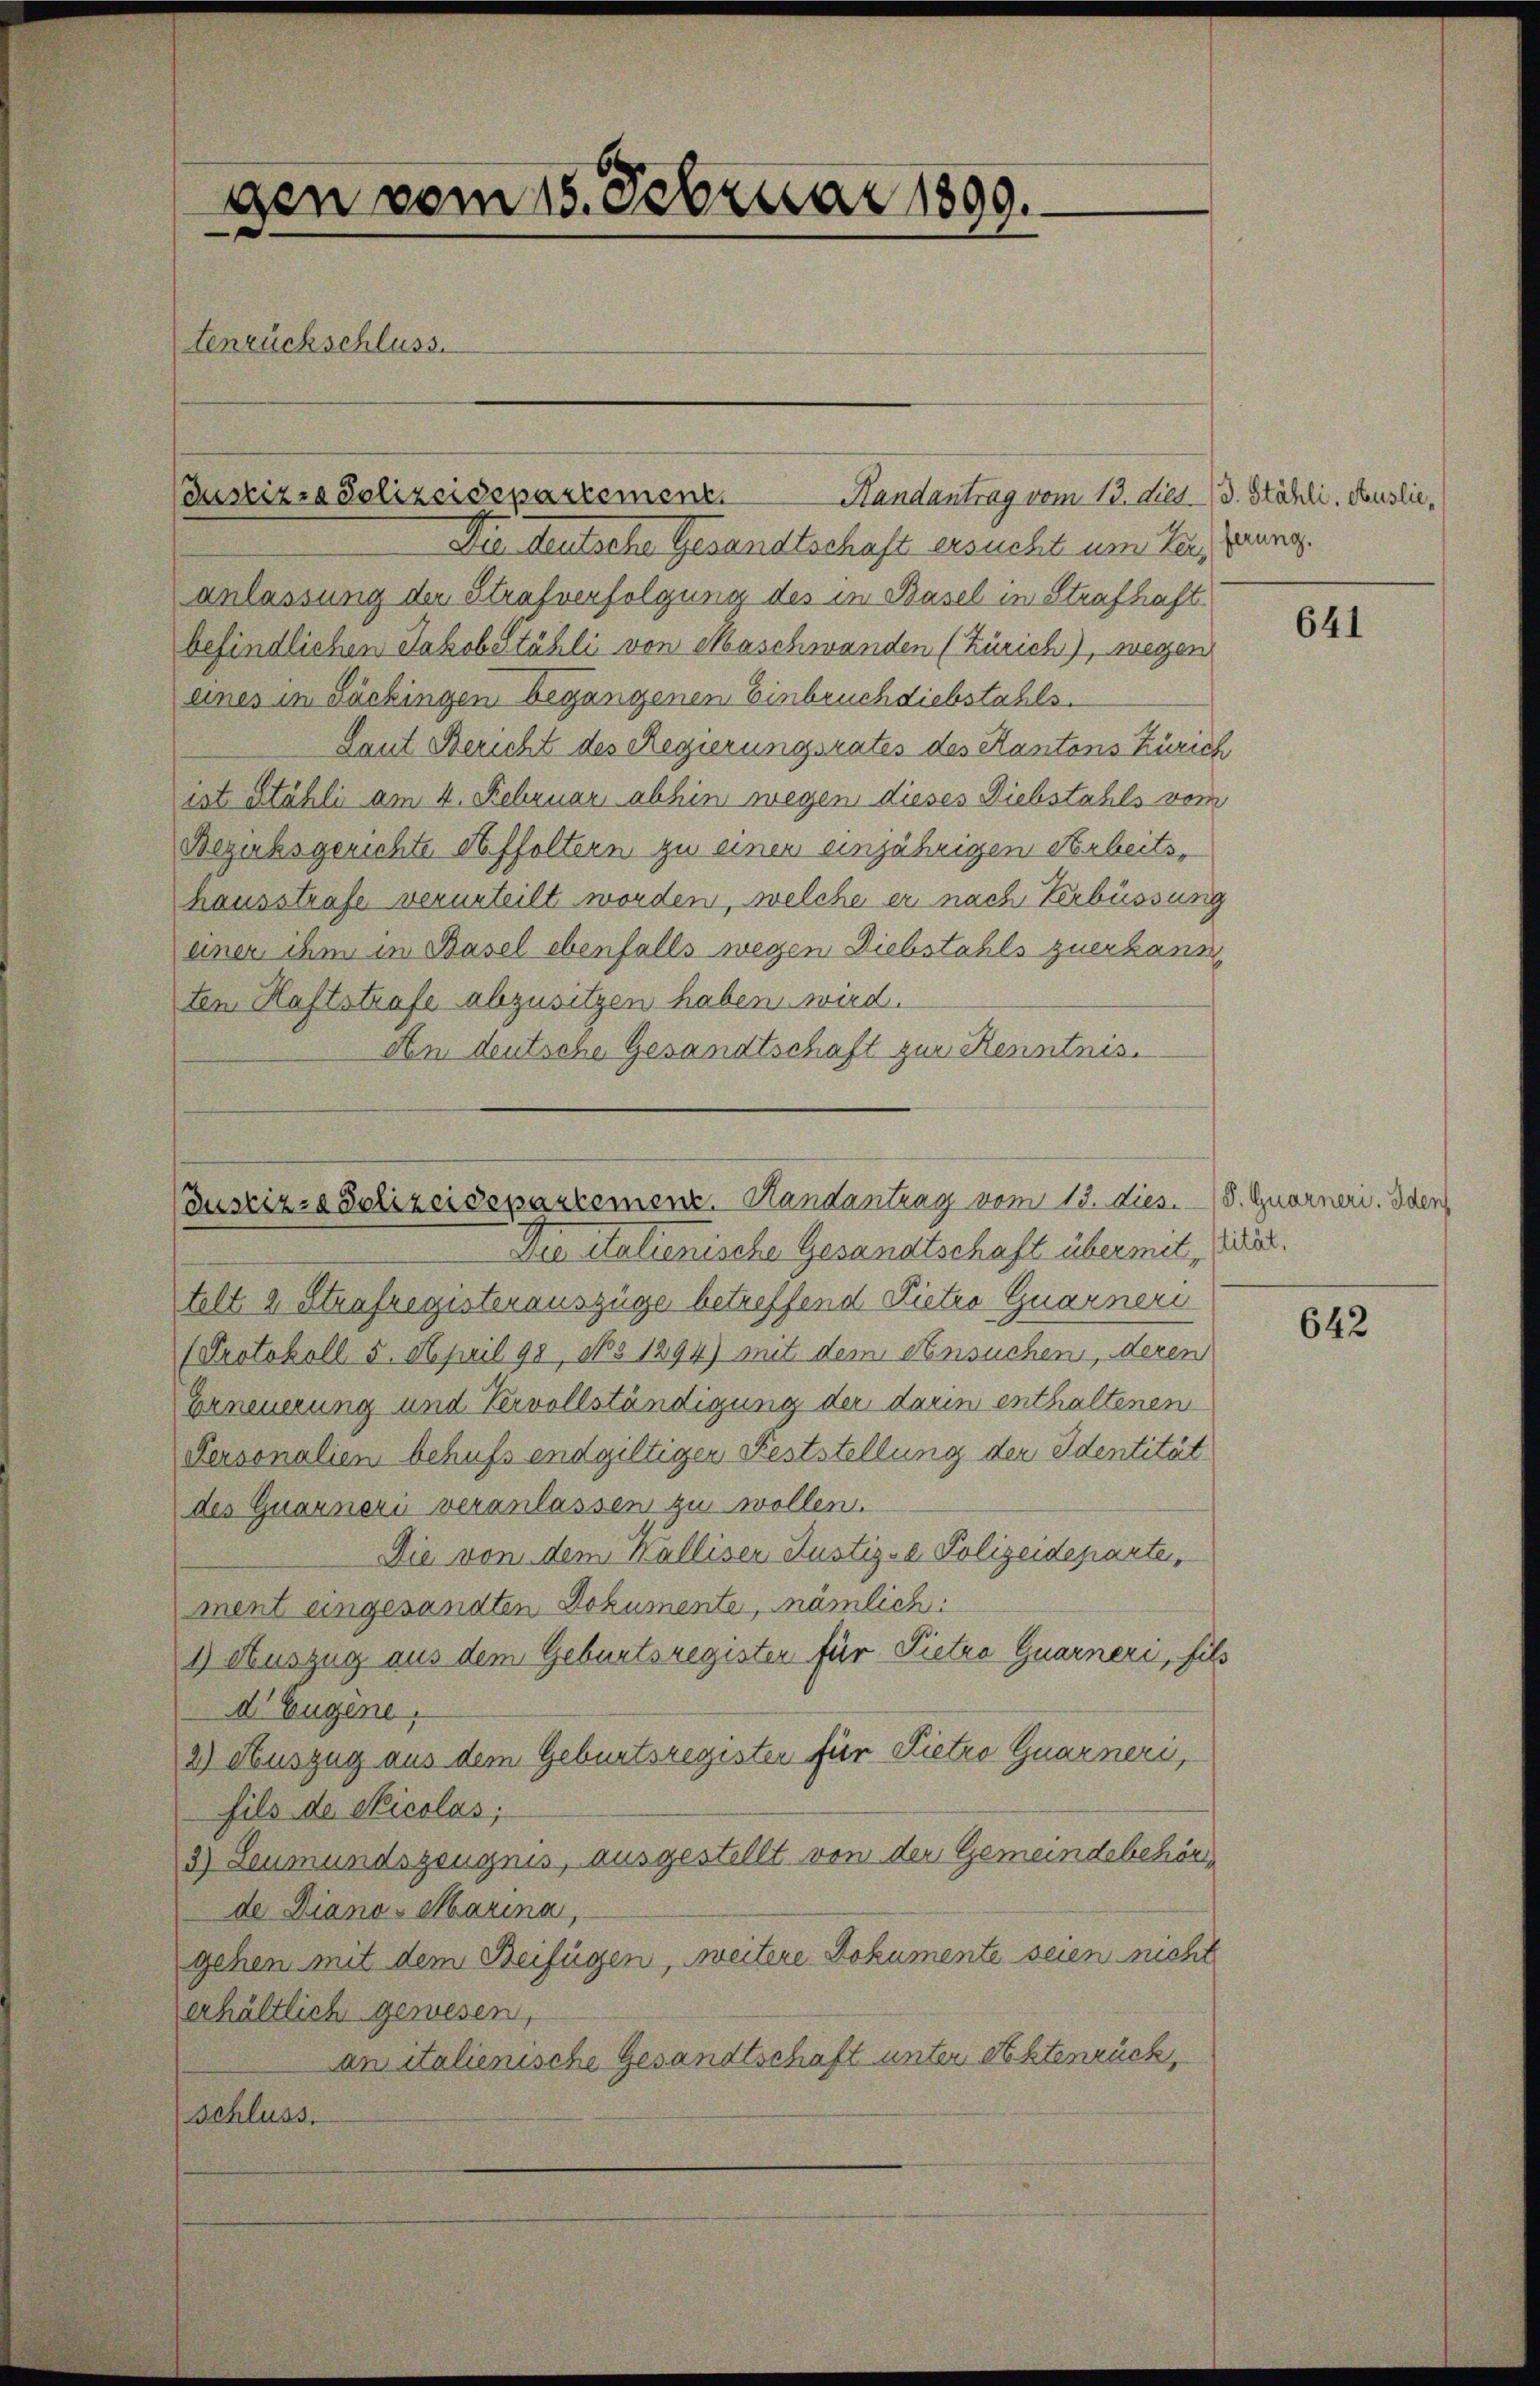
gen vom 15. Februar 1890.
tenrückschluss.

Justizra Polizeidepartement

Randantrag vom 13. dies. 13. Stähli. Auslie,
Die teutsche Gesandtschaft ersucht um Tei, Grung.
anlassung der Strafverfolgung des in Basel in Strafhaft
befindlichen Jakobstähli von Maschwanden (Zürich), wegen
eines in Säckingen begangenen Einbruch diebstahls¬
Laut Bericht des Regierungsrates des Kantons Zürich
ist Stähli am 4. Februar abhin wegen dieses Diebstahls vom
Bezirksgerichte Affoltern zu einen einjährigen Arbeits,
hausstrafe verurteilt worden, welche er nach Verbüssung
einen ihm in Basel ebenfalls wegen Diebstahls zuerkann
ten Haftstrafe abzusitzen haben wird.
An deutsche Gesandtschaft zur Kenntnis.

Justiz- & Polizeidepartement. Handantrag vom 13. dies. - (8. Quarneri. Iden

Die Italienische Gesandtschaft übermittelt 2 Strafregisterauszüge betreffend Pietro Quarneri
(Protokoll 5. April 98, 965 1294) mit dem Ansuchen, deren
Erneuerung und Vervollständigung der darin enthaltenen
Personalien behufs endgiltiger Feststellung der Identität
des Quarneri veranlassen zu wollen.
Die von dem Walliser Justiz- & Polizeideparten,
ment eingesandten Dokumente, nämlich:
1) Auszug aus dem Geburtsregister für Pietro Quarneri, fils
d’ Eugene
2) Auszug aus dem Geburtsregisten für Lietro Quarneri,
fils der Skicolas;
3) Leumundszeugnis, ausgestellt von der Gemeindebehörde Diana - Marina,
gehen mit dem Beifügen, weitere Dokumente seien nicht
erhältlich gewesen,
an italienische Gesandtschaft unter Aktenrück,
Schluss.

641

tität.

642